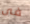
فى